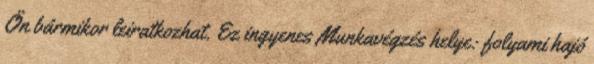
Ön bármikor leiratkozhat. Ez ingyenes Munkavégzés helye: folyami hajó